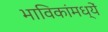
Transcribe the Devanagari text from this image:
भाविकांमध्यें